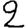
Digit: 2